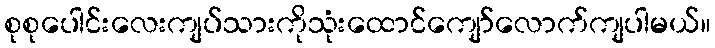
စုစုပေါင်းလေးကျပ်သားကိုသုံးထောင်ကျော်လောက်ကျပါမယ်။